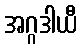
အဂ္ဂဒါယီ